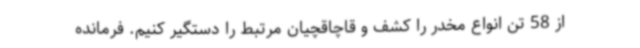
‌از 58 تن انواع مخدر را کشف و قاچاقچیان مرتبط را دستگیر کنیم. فرمانده